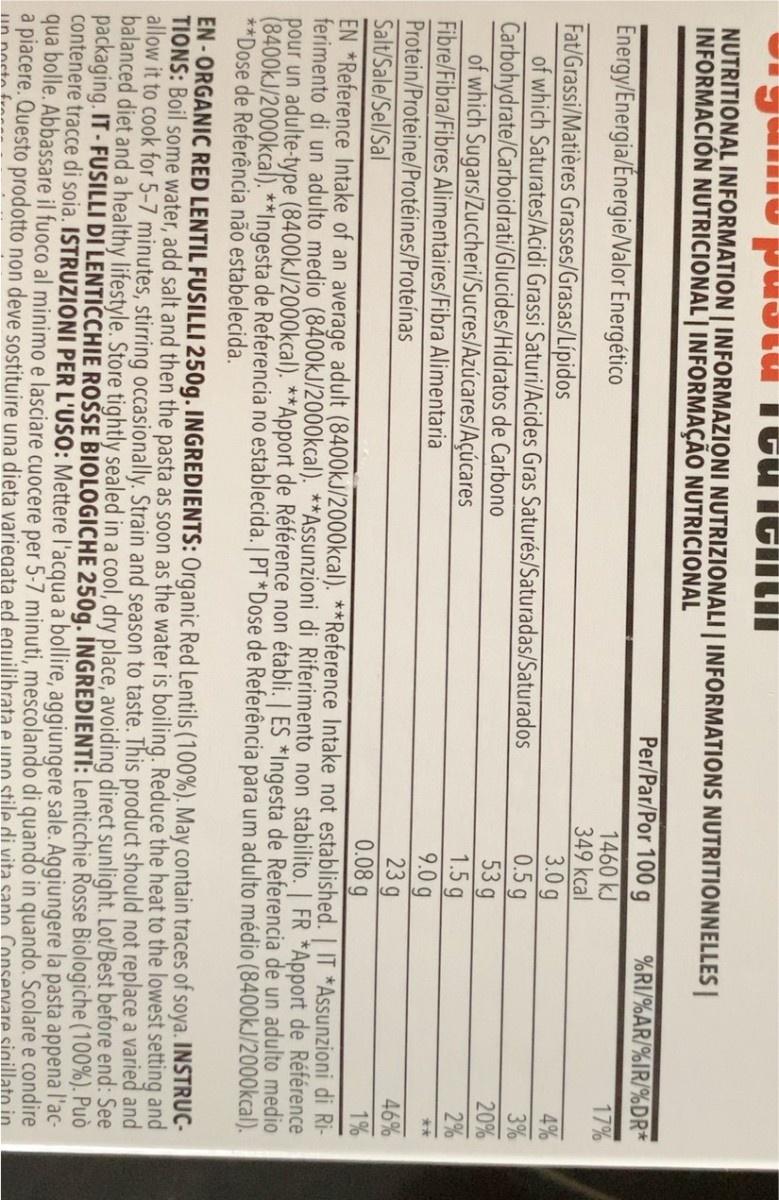
pustu Ttu itlitii
NUTRITIONAL INFORMATION | INFORMAZIONI NUTRIZIONALI | INFORMATIONS NUTRITIONNELLES | INFORMACIÓN NUTRICIONAL'| INFORMAÇÃO NUTRICIONAL
Per/Par/Por 100 g
%RI/%AR/%IR/%DR*
17%
Energy/Energia/Energie/Valor Energético
1460 kJ 349 kcal
4%
3.0g 0.5g 53 g 1.5 g 9.0 g 23 g 0.08 g
Fat/Grassi/Matières Grasses/Grasas/Lípidos of which Saturates/Acidi Grassi Saturi/Acides Gras Saturés/Saturadas/Saturados
3%
Carbohydrate/Carboidrati/Glucides/Hidratos de Carbono of which Sugars/Zuccheri/Sucres/Azúcares/Açúcares Fibre/Fibra/Fibres Alimentaires/Fibra Alimentaria Protein/Proteine/Protéines/Proteínas Salt/Sale/Sel/Sal
20%
2%
**
46%
1%
EN *Reference Intake of an average adult (8400KJ/2000kcal). **Reference Intake not established. | IT *Assunzioni di Ri- ferimento di un adulto medio (8400kJ/2000kcal). **Assunzioni di Riferimento non stabilito. | FR *Apport de Référence pour un adulte-type (8400KJ/2000kcal). **Apport de Référence non établi. | ES *Ingesta de Referencia de un adulto medio (8400KJ/2000kcal). **Ingesta de Referencia no establecida. | PT *Dose de Referência para um adulto médio (8400KJ/2000kcal). **Dose de Referência não estabelecida.
EN -ORGANIC RED LENTIL FUSILLI 250g. INGREDIENTS: Organic Red Lentils (100%). May contain traces of soya. INSTRUC- TIONS: Boil some water, add salt and then the pasta as soon as the water is boiling. Reduce the heat to the lowest setting and allow it to cook for 5-7 minutes, stirring occasionally. Strain and season to taste. This product should not replace a varied and balanced diet and a healthy lifestyle. Store tightly sealed in a cool, dry place, avoiding direct sunlight. Lot/Best before end: See packaging. IT-FUSILLI DI LENTICCHIE ROŠSE BIOLOGICHE 250g. İNGREDIENTI: Lenticchie Rosse Biologiche (100%). Può contenere tracce di soia. ISTRUZIONI PER L'USO: Mettere l'acqua a bollire, aggiungere sale. Aggiungere la pasta appena l'ac- qua bolle. Abbassare il fuoco al minimo e lasciare cuocere per 5-7 minuti, mescolando di quando in quando. Scolare e condire a placere. Questo prodotto non deve sostituire una dieta variegata ed equilibrata e uno stile di vita sano Conservare sigillato in
Tin